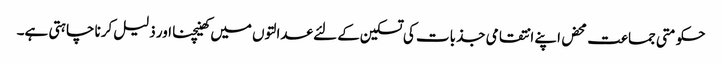
حکومتی جماعت محض اپنے انتقامی جذبات کی تسکین کے لئے عدالتوں میں کھینچنا اور ذلیل کرنا چاہتی ہے۔